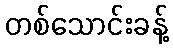
တစ်သောင်းခန့်